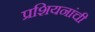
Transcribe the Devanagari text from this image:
प्रशियनांची